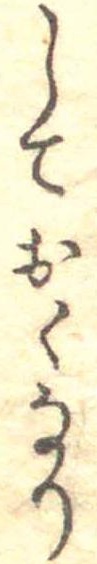
しておくなり